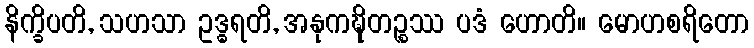
နိက္ခိပတိ, သဟသာ ဥဒ္ဓရတိ, အနုကဍ္ဎိတဉ္စဿ ပဒံ ဟောတိ။ မောဟစရိတော